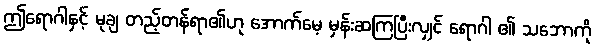
ဤရောဂါနှင့် မုချ တည့်တန်ရာ၏ဟု အောက်မေ့ မှန်းဆကြပြီးလျှင် ရောဂါ ၏ သဘောကို